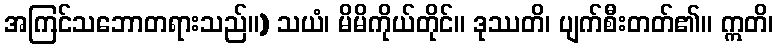
အကြင်သဘောတရားသည်။) သယံ၊ မိမိကိုယ်တိုင်။ ဒုဿတိ၊ ပျက်စီးတတ်၏။ ဣတိ၊